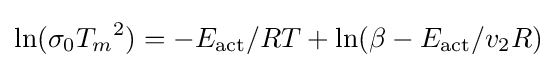
\ln(\sigma _{0}{T_{m}}^{2})=-E_{\text{act}}/RT+\ln({\beta -E_{\text{act}}/v_{2}R})